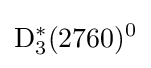
{\rm {D_{3}^{*}(2760)^{0}}}